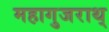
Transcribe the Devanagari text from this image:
महागुजराथ्